Cholera in India, 1862 to 1881
Year: 1862
Disease focus: Cholera
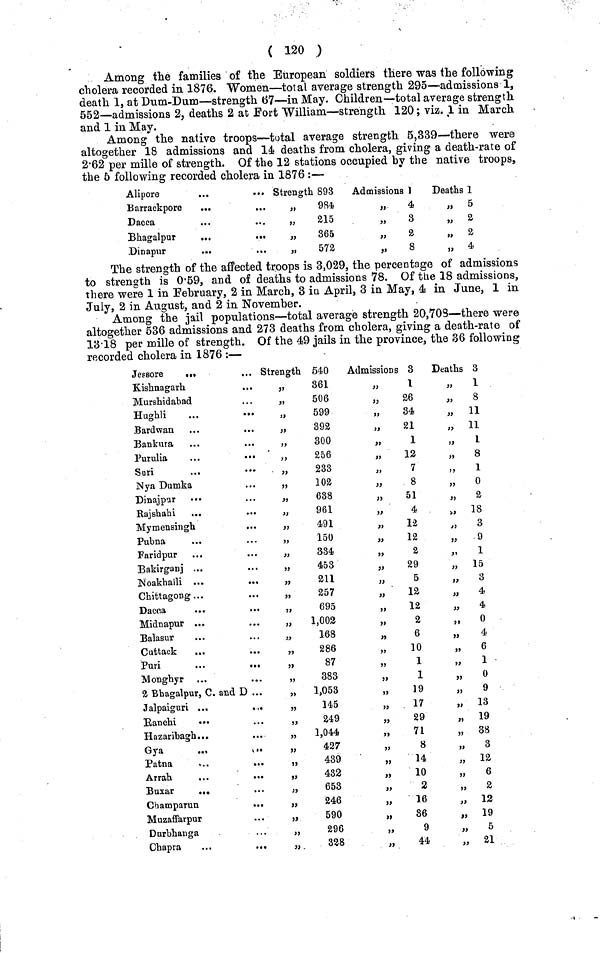
( 120 )
Among the families of the European soldiers there was the following
cholera recorded in 1876. Women—total average strength 295—admissions 1,
death 1, at Dum-Dum—strength 67—in May. Children—total average strength
552—admissions 2, deaths 2 at Fort William—strength 120; viz. 1 in March
and 1 in May.
Among the native troops—total average strength 5,339—there were
altogether 18 admissions and 14 deaths from cholera, giving a death-rate of
2·62 per mille of strength. Of the 12 stations occupied by the native troops,
the 6 following recorded cholera in 1876 :—
Alipore
...
Barrackpore
...
Dacca
Bhagalpur
...
...
Dinapur
...
Strength 893
,, 984
„
215
„
365
,, 572
Admissions 1
,,
4
,,
3
,,
2
,,
8
Deaths 1
,, 5
,, 2
,, 2
,, 4
The strength of the affected troops is 3,029, the percentage of admissions
to strength is 0·59, and of deaths to admissions 78. Of the 18 admissions,
there were 1 in February, 2 in March, 3 in April, 3 in May, 4 in June, 1 in
July, 2 in August, and 2 in November.
Among the jail populations—total average strength 20,708—there were
altogether 536 admissions and 273 deaths from cholera, giving a death-rate of
13·18 per mille of strength. Of the 49 jails in the province, the 36 following
recorded cholera in 1876 :—
Jessore
Kishnagarh
Murshidabad
Hughli
...
Bardwan
Bankura
Purulia
...
Suri
...
Nya Dumka
Dinajpur
Rajshahi
Mymensingh
...
Pubna
Faridpur
Bakirganj ...
Koakhalli ...
...
Chittagong...
Dacca
...
...
Midnapur ...
Balasur
Cuttack
...
Puri
...
...
Monghyr
2 Bhagalpur, C. and D ...
Jalpaiguri ...
...
Ranchi
Hazaribagh...
Gya
Patna
Arrah
...
...
Buxar
...
Champarun
...
Muzaffarpur
Dnrbhanga
Chapra
...
Strength 540
,, 361
„
506
„
599
,, 392
„
300
„
256
,, 233
,, 102
„
638
,, 961
,, 491
,, 150
„
334
„
453
,, 211
,, 257
„
695
„
1,002
,, 168
,, 286
,, 87
„
383
„
1,053
„
145
,, 249
„
1,044
,, 427
,, 439
„
432
,,
653
,, 246
„
590
,, 296
,, 338
Admissions 3
,, 1
,, 26
,, 34
,, 21
,, 1
,, 12
,, 7
,, 8
,, 51
,, 4
,, 12
,, 12
,, 2
,, 29
,, 5
,, 12
„
12
,, 2
,, 6
,, 10
,, 1
,, 1
,, 19
„
17
,, 29
,,
71
,, 8
,, 14
,, 10
,, 2
,, 16
,, 86
,, 9
,, 44
Deaths 3
,, 1
„
8
„ 11
„ 11
,,
1
,,
8
,, 1
,, 0
,,
2
,, 18
,,
3
,,
9
,, 1
,, 15
,,
3
,,
4
,,
4
„ 0
,,
4
„
6
„
1
,,
0
,,
9
„ 13
„ 19
„ 38
,,
3
,, 12
,,
6
,,
2
„ 12
„ 19
,,
5
,, 21